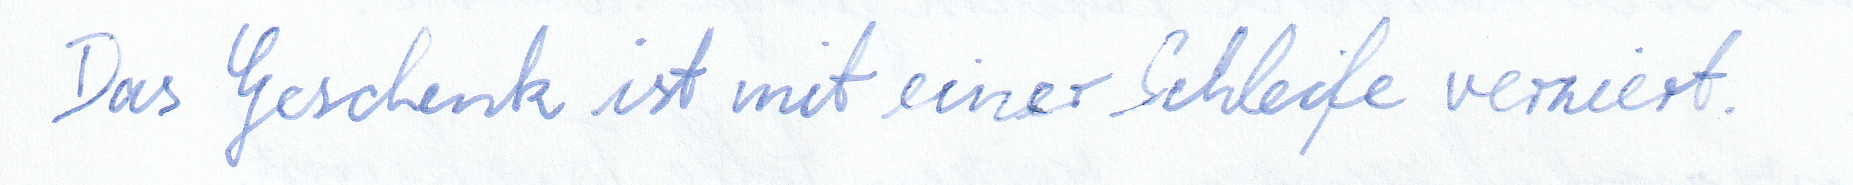
Das Geschenk ist mit einer Schleife verziert.